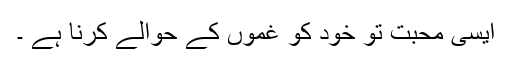
ایسی محبت تو خود کو غموں کے حوالے کرنا ہے ۔